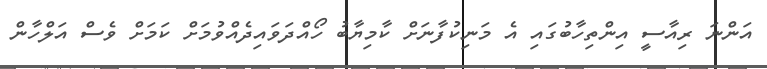
އަންނަ ރިއާސީ އިންތިހާބުގައި އެ މަނިކުފާނަށް ކާމިޔާބު ހޯއްދަވައިދެއްވުމަށް ކަމަށް ވެސް އަލްހާން